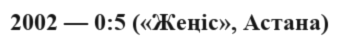
2002 — 0:5 («Жеңіс», Астана)